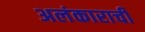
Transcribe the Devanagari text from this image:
अलंकाराची